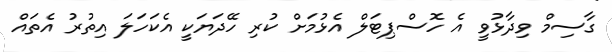
ގާސިމް ވިދާޅުވީ އެ ހޮސްޕިޓަލް އެޅުމަށް ކުރި ހޭދަޔަކީ އެކަހަލަ އިތުރު އެތައް